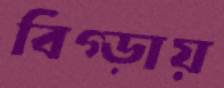
বিগ্‌ড়ায়